Tezpur Lunatic Asylum reports 1877-1894 - 1877-1894
Year: 1877
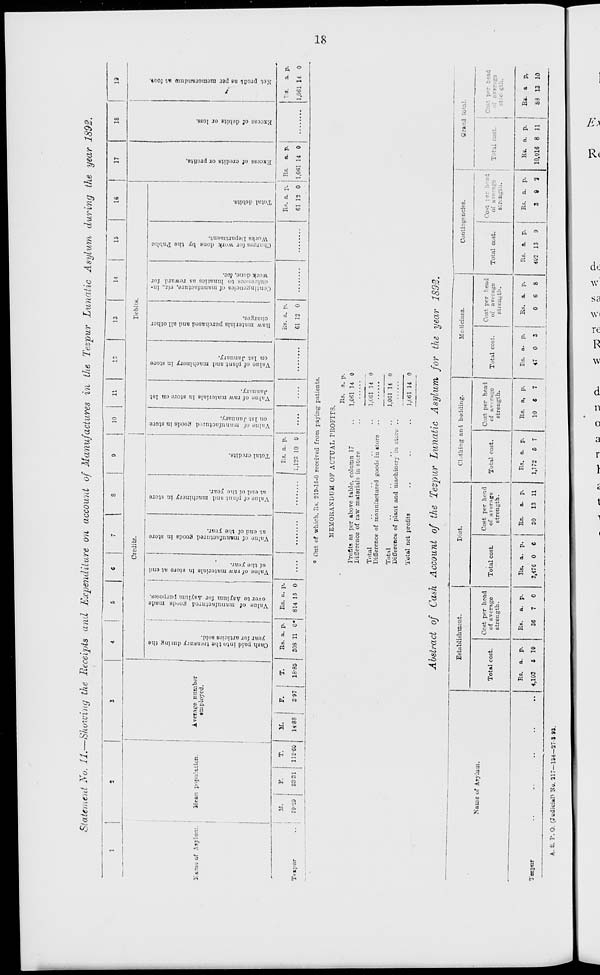
y
P
o
L
j
I
o
u
P
a
I AN.
^P
>H
*3
ij
3
•
a
-i
•s,
|
g
>■
c'
B
A
o
w
H
o
B
o.
p
re
o
«
e •a
F 1
Q
g
CO
a
ET™S
2 P _
05 o 2
f
-J
p
E3 1
B* P _
o "0
5.
1 :* W
H
o
I v '
p
o
1
p
o
1
«
fc)
!— "
O
CO
w
o °
°
2 < "3
s p
B „■ re
03 ^ 1
o 3
£ •a
DJ
-1
g)
o
«a
p
!
p
o
B*
o
-> ■?
05
P
o
-
o g
o*
o
5?
E ."? re
re
A
»
0Q
-» tj
• re |
*> w
H
""
©
?
re
i M •J3
s
re
!
gl
O
01 8> in
a
re sj-d
b «) ft
i °* c
8c re i
00
•a
re -
>* a
H
\
o
p
p
W
c
8
Q
CO
TJ
3
S'
-
B
u
3 °
a8. s
o#
M
3 »
B
•P
p
■a
M •a
p.
J3
W
H
o>
.■
00
P
c
O
M
•a
f
»»
&
O
fr
cc
W
.
p
60
5
1
o>
p
, r/
i
o JJ
• 8 <»
-3
1
y
Co
8
c-t-
<r*
3
^
.0*
-4
ft
c-t.
CO
5
1-4
Oo
to
? K
w *4
<6
'
op
>-3
£ P
o V
o
Cl
ss 3
Bjrr
Pi?-
o
o
o
X%
•a . B ;
PP
o p*
3
>- W
V
B
P 1
o
B
33
p ^
1.1
5<
a
ft
p
o
5'
0
re
B'2.
> 3
Cll
P
o 7
? 3
3 3
2 I
-I
£1
o
O
s . a
3
0?
•a
p
3
ot
o
P
o V
V,
m
&
•.i
a
B
re
P
•3
C
%
Cash paid into the treasury dining the
your fur articles sold.
a>
fd
*- P
Valno of matiufactnrcd po"ds made
over to Asvluin for Asylum purposes.
Value of raw materials in store at end
of the year.
Value of manufactured goods in store
at end of the year.
sr
Value of plnnt and machinery in store
at end of the year.
Total credits.
Value of manufactured goods in store
on 1st January.
Value of raw materials in store on 1st
January.
Value of plant and machinery in store
on 1st January.
Tiaw materials purchased and all other
charges.
w
Continpenc'es of manufacture, vit., in-
dulgences to lunatics us reward for
work done, iic.
Charges for work done by the Public
Works l>epartment.
Total debits.
Excess of credits or profits.
Excess of debits or loss.
Net profit ns per memorandum Ht fool
07
ST
ft
I s
I-
Co
OS
I
CO
to
Oo
to
ST